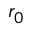
r _ { 0 }